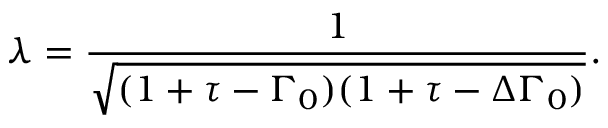
\lambda = \frac { 1 } { \sqrt { ( 1 + \tau - \Gamma _ { 0 } ) ( 1 + \tau - \Delta \Gamma _ { 0 } ) } } .